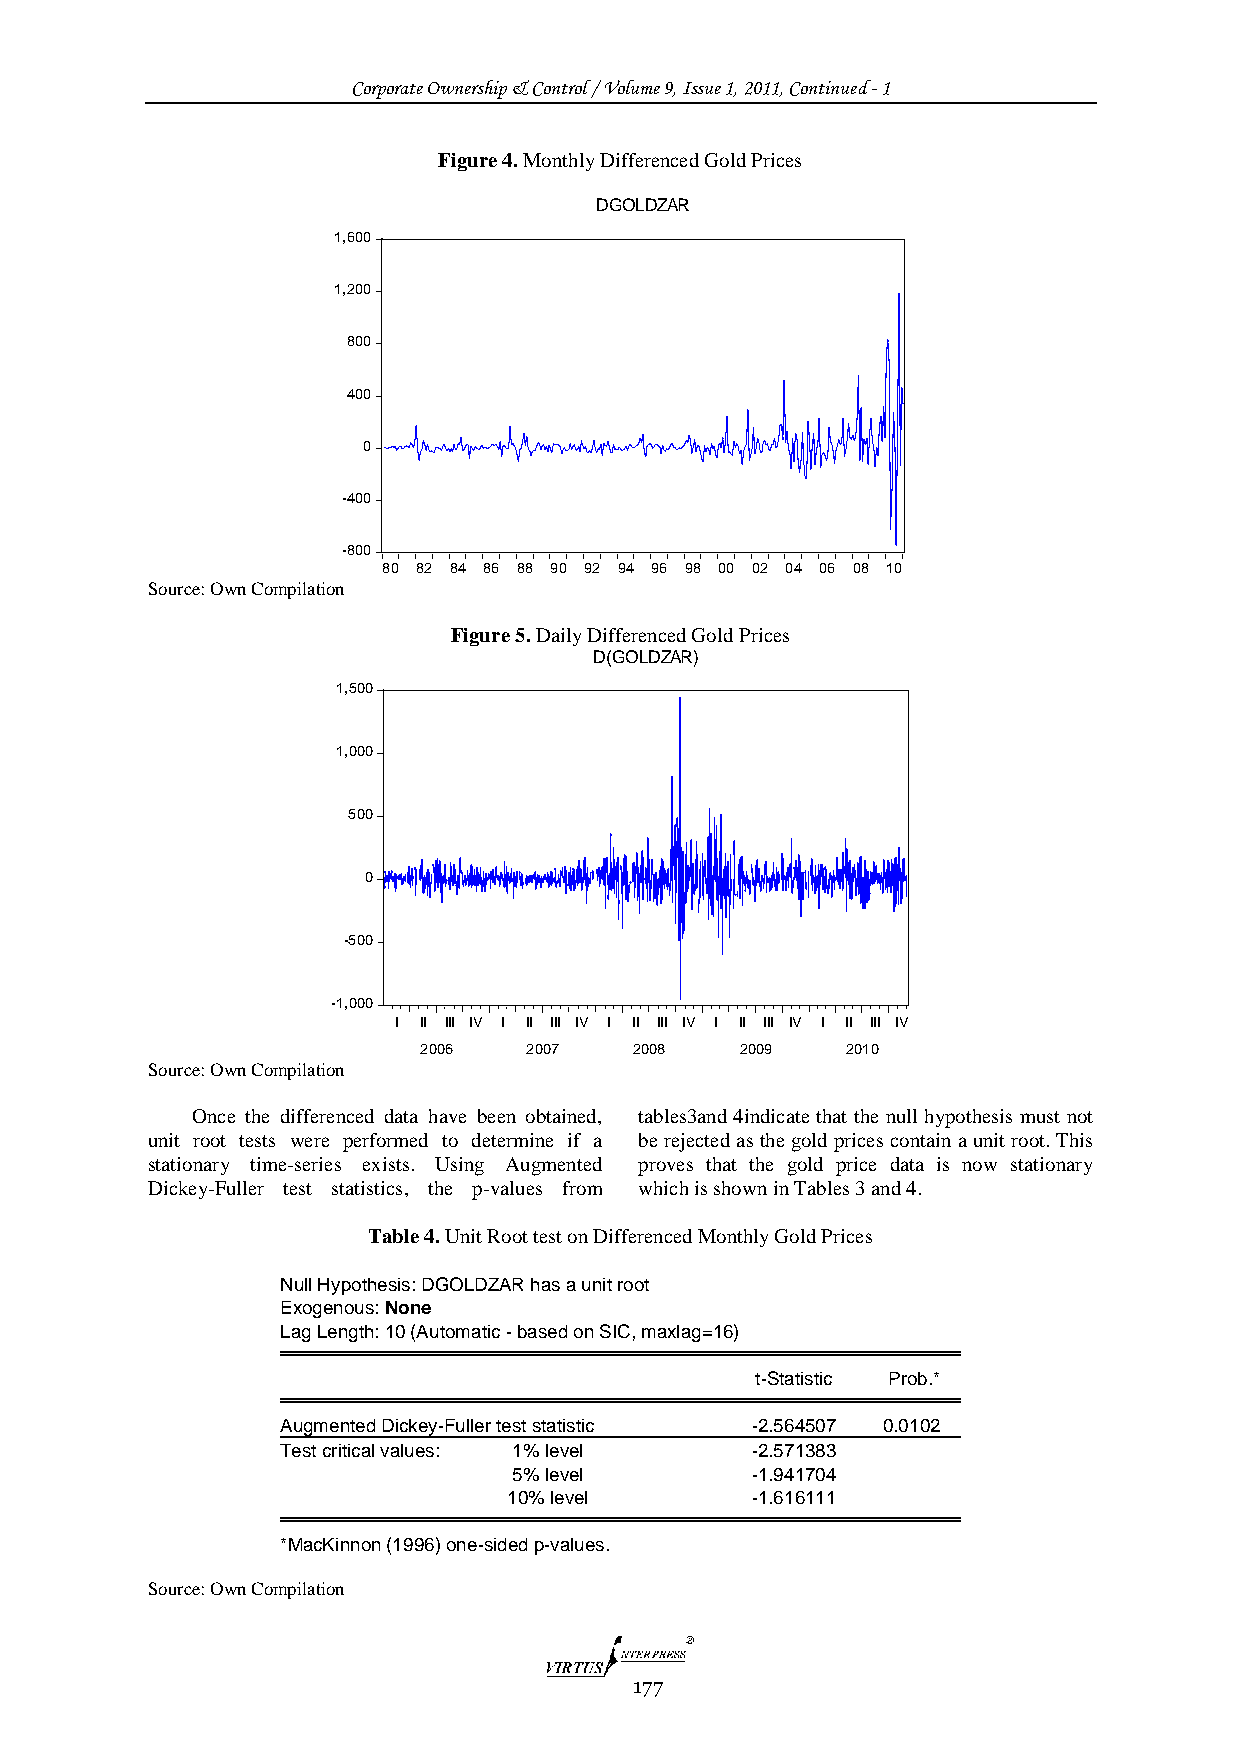
Corporate Ownership & Control / Volume 9, Issue 1, 2011, Continued - 1
 Figure 4. Monthly Differenced Gold Prices
 DGOLDZAR
 1,600
 1,200
 800
 400
 0
 -400
 -800
 80 82 84 86 88 90 92 94 96 98 00 02 04 06 08 10
 Source: Own Compilation
 Figure 5. Daily Differenced Gold Prices
 D(GOLDZAR)
 1,500
 1,000
 500
 0
 -500
 -1,000
 I II III IV I II III IV I II III IV I II III IV I II III IV
 2006   2007   2008   2009   2010
 Source: Own Compilation
 Once the differenced data have been obtained, tables3and 4indicate that the null hypothesis must not
 unit root tests were performed to determine if a be rejected as the gold prices contain a unit root. This
 stationary time-series exists. Using Augmented proves that the gold price data is now stationary
 Dickey-Fuller test statistics, the p-values from which is shown in Tables 3 and 4.
 Table 4. Unit Root test on Differenced Monthly Gold Prices
 Null Hypothesis: DGOLDZAR has a unit root
 Exogenous: None
 Lag Length: 10 (Automatic - based on SIC, maxlag=16)
 t-Statistic Prob.*
 Augmented Dickey-Fuller test statistic -2.564507 0.0102
 Test critical values: 1% level -2.571383
 5% level        -1.941704
 10% level       -1.616111
 *MacKinnon (1996) one-sided p-values.
 Source: Own Compilation
 177